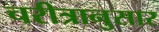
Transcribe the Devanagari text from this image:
चरीत्रानुसार